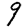
Digit: 9